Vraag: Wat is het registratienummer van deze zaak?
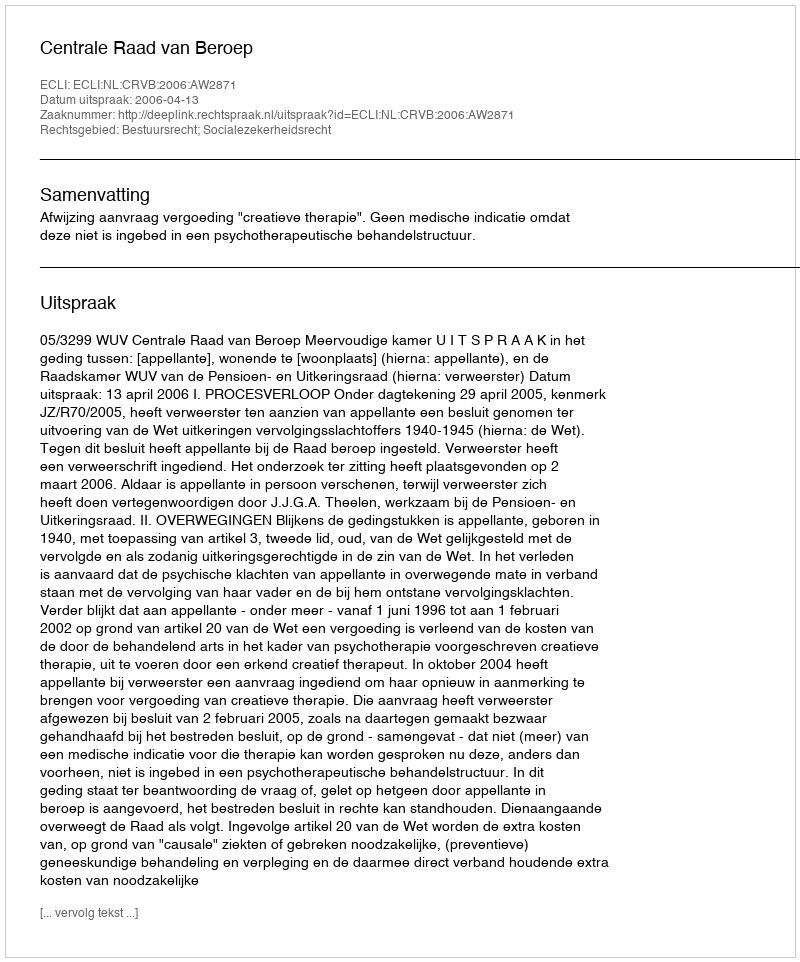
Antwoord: http://deeplink.rechtspraak.nl/uitspraak?id=ECLI:NL:CRVB:2006:AW2871